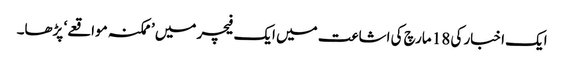
ایک اخبار کی 18 مارچ کی اشاعت میں ایک فیچر میں ’ممکنہ مواقعے‘ پڑھا۔